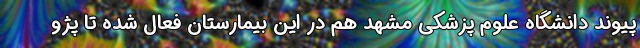
پیوند دانشگاه علوم پزشکی مشهد هم در این بیمارستان فعال شده تا پژو